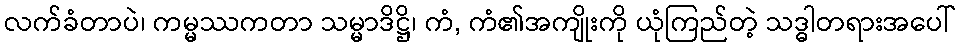
လက်ခံတာပဲ၊ ကမ္မဿကတာ သမ္မာဒိဋ္ဌိ၊ ကံ, ကံ၏အကျိုးကို ယုံကြည်တဲ့ သဒ္ဓါတရားအပေါ်